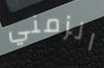
الزمني